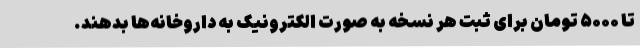
تا ۵۰۰۰ تومان برای ثبت هر نسخه به صورت الکترونیک به داروخانه‌ها بدهند.